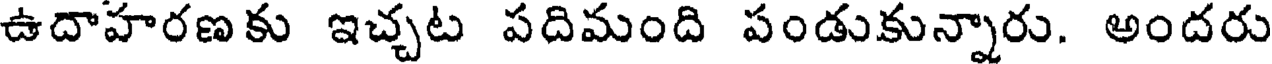
ఉదాహరణకు ఇచ్చట పదిమంది పండుకున్నారు. అందరు